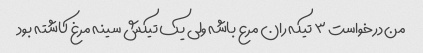
من درخواست ۳ تیکه ران مرع باشه ولی یک تیکش سینه مرغ کاشته بود